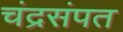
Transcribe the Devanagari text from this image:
चंद्रसंपत